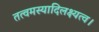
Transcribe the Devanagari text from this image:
तत्वमस्यादिलक्ष्यत्व।